Lock hospitals Punjab
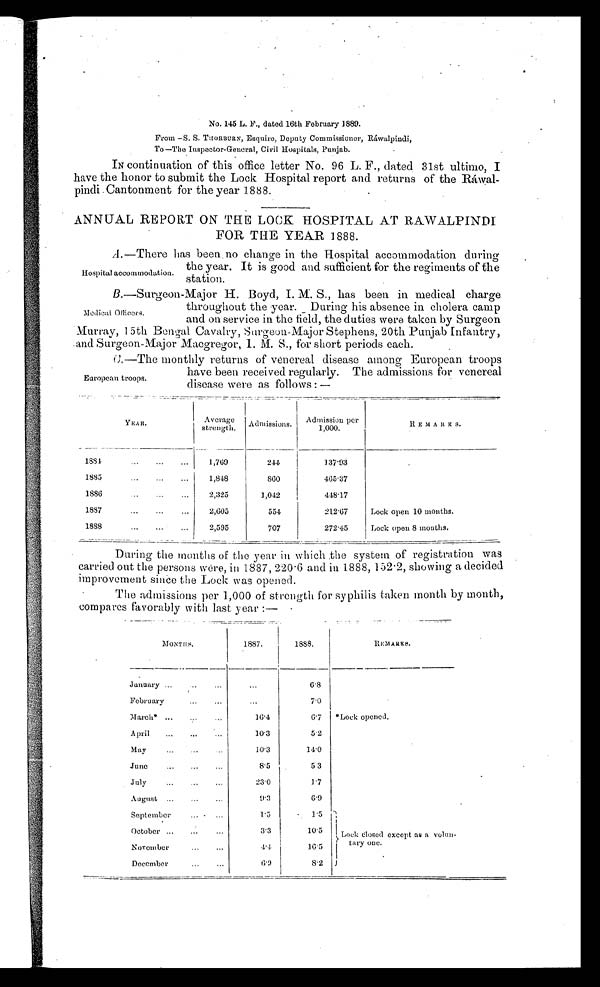
No. 145 L. F., dated 16th February 1889.
From —S. S. THORBURN, Esquire, Deputy Commissioner, Ráwalpindi,
To—The Inspector-General, Civil Hospitals, Punjab.
IN continuation of this office letter No. 96 L. F., dated 31st ultimo, I
have the honor to submit the Lock Hospital report and returns of the
Ráwal-pindi Cantonments for the year 1888.
ANNUAL REPORT ON THE LOOK HOSPITAL AT RAWALPINDI
FOR THE YEAR 1888.
A. —There has been no change in the Hospital accommodation during
the year. It is good and sufficient for the regiments of the
station.
B. —Surgeon-Major H. Boyd, I. M. S., has been in medical charge
throughout the year. During his absence in cholera camp
and on service in the field, the duties were taken by Surgeon
Murray, 15th Bengal Cavalry, Surgeon-Major Stephens, 20th Punjab Infantry,
and Surgeon-Major Macgregor, I. M. S., for short periods each.
C .
— T h e m o n t h l y r e t u r n s o f v e n e r e a l d i s e a s e a m o n g E u r o p e a n t r o o p s
have been received regularly. The admissions for venereal
disease were as follows : —
YEAR.
A v e r a g e
strength. Admissions. Admission per
1,000.
R E M A R K S .
1884
. . .
. . .
...
1,769
244
137.93
1885
...
. . .
. . .
1,848
860
4 6 5 . 3 7
1886
. . .
. . .
...
2,325
1,042
448.17
1887
. . .
. . .
...
2,605
554
212.67
Lock open 10 months.
1888
...
. . . ...
2,595
707
272.45
Lock open 8 months.
During the months of the year in which the system of registration was
carried out the persons were, in 1887, 220.6 and in 1888, 152.2, showing a decided
improvement since the Lock was opened.
The admissions per 1,000 of strength for syphilis taken month by month,
compares favorably with last year :—
M O N T H S .
1887.
1888.
REMARKS.
January ...
...
...
...
6.8
*Lock opened.
February
...
...
...
7.0
March* ...
...
. . .
16.4
6.7
April ...
...
...
10.3
5.2
May
...
...
. . .
10.3
14.0
June
...
...
...
8.5
5.3
July
..
...
. . .
23.0
1.7
August ...
...
...
9.3
6.9
September
...
...
1 . 5
1.5
Lock closed except as a volun
-tary one.
October ...
...
...
3.3
10.5
November
...
...
4.4
16.5
D e c e m b e r
. . .
...
6 . 9
8 . 2
Hospital accommodation.
Medical Officers.
European troops.